Indian journal of veterinary science and animal husbandry - Volume 10,
Year: 1940
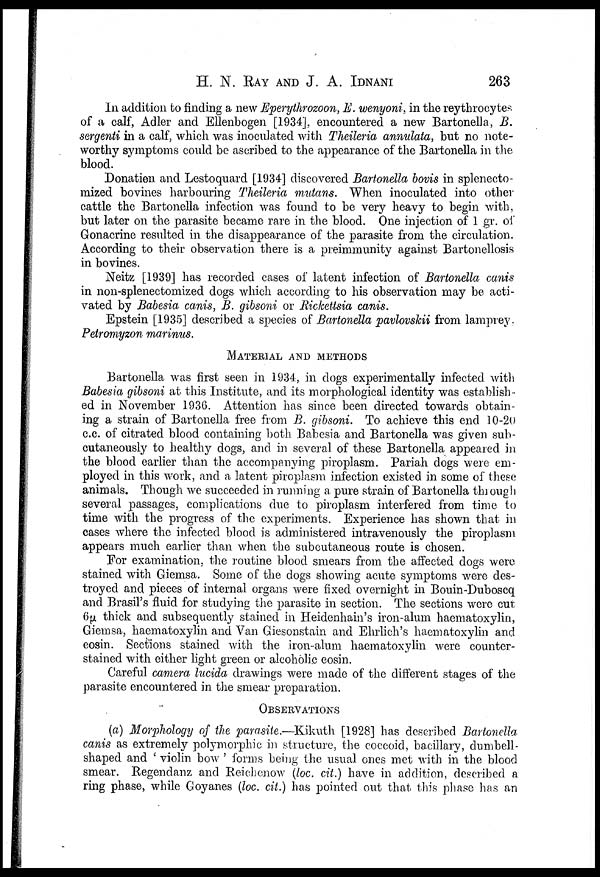
H. N. RAY AND J. A. IDNANI 263
In addition to finding a new Eperythrozoon, E. wenyoni, in the reythrocytes
of a calf, Adler and Ellenbogen [1934], encountered a new Bartonella, B.
sergenti in a calf, which was inoculated with Theileria annulata, but no note-
worthy symptoms could be ascribed to the appearance of the Bartonella in the
blood.
Donatien and Lestoquard [1934] discovered Bartonella bovis in splenecto¬
mized bovines harbouring Theileria mutans. When inoculated into other
cattle the Bartonella infection was found to be very heavy to begin with,
but later on the parasite became rare in the blood. One injection of 1 gr. of
Gonacrine resulted in the disappearance of the parasite from the circulation.
According to their observation there is a preimmunity against Bartonellosis
in bovines.
Neitz [1939] has recorded cases of latent infection of Bartonella canis
in non-splenectomized dogs which according to his observation may be acti-
vated by Babesia canis, B. gibsoni or Rickettsia canis.
Epstein [1935] described a species of Bartonella pavlovskii from lamprey,
Petromyzon marinus.
MATERIAL AND METHODS
Bartonella was first seen in 1934, in dogs experimentally infected with
Babesia gibsoni at this Institute, and its morphological identity was establish-
ed in November 1936. Attention has since been directed towards obtain-
ing a strain of Bartonella free from B. gibsoni. To achieve this end 10-20
c.c. of citrated blood containing both Babesia and Bartonella was given sub-
cutaneously to healthy dogs, and in several of these Bartonella appeared in
the blood earlier than the accompanying piroplasm. Pariah dogs were em-
ployed in this work, and a latent piroplasm infection existed in some of these
animals. Though we succeeded in running a pure strain of Bartonella through
several passages, complications due to piroplasm interfered from time to
time with the progress of the experiments. Experience has shown that in
cases where the infected blood is administered intravenously the piroplasm
appears much earlier than when the subcutaneous route is chosen.
For examination, the routine blood smears from the affected dogs were
stained with Giemsa. Some of the dogs showing acute symptoms were des-
troyed and pieces of internal organs were fixed overnight in Bouin-Duboscq
and Brasil's fluid for studying the parasite in section. The sections were cut
6µ thick and subsequently stained in Heidenhain's iron-alum haematoxylin,
Giemsa, haematoxylin and Van Giesonstain and Ehrlich's haematoxylin and
eosin. Sections stained with the iron-alum haematoxylin were counter-
stained with either light green or alcoholic eosin.
Careful camera lucida drawings were made of the different stages of the
parasite encountered in the smear preparation.
OBSERVATIONS
(a) Morphology of the parasite.—Kikuth [1928] has described Bartonella
canis as extremely polymorphic in structure, the coccoid, bacillary, dumbell¬
shaped and ' violin bow ' forms being the usual ones met with in the blood
smear. Regendanz and Reichenow (loc. cit.) have in addition, described a
ring phase, while Goyanes (loc. cit.) has pointed out that this phase has an